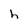
Character: h